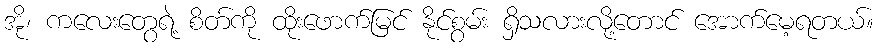
အို၊ ကလေးတွေရဲ့ စိတ်ကို ထိုးဖောက်မြင် နိုင်စွမ်း ရှိသလားလို့တောင် အောက်မေ့ရတယ်။